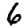
Digit: 6